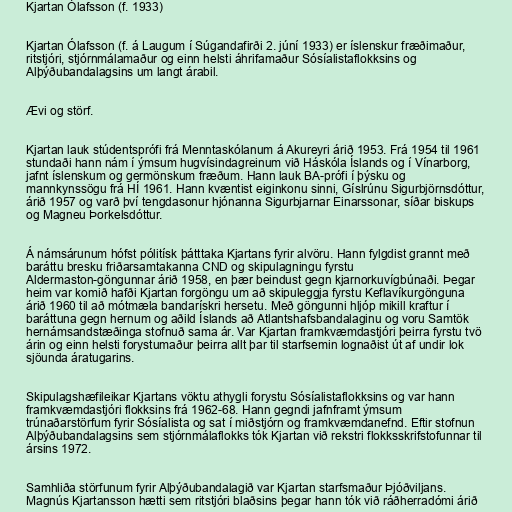
Kjartan Ólafsson (f. 1933)

Kjartan Ólafsson (f. á Laugum í Súgandafirði 2. júní 1933) er íslenskur fræðimaður,
ritstjóri, stjórnmálamaður og einn helsti áhrifamaður Sósíalistaflokksins og
Alþýðubandalagsins um langt árabil.

Ævi og störf.

Kjartan lauk stúdentsprófi frá Menntaskólanum á Akureyri árið 1953. Frá 1954 til 1961
stundaði hann nám í ýmsum hugvísindagreinum við Háskóla Íslands og í Vínarborg,
jafnt íslenskum og germönskum fræðum. Hann lauk BA-prófi í þýsku og
mannkynssögu frá HÍ 1961. Hann kvæntist eiginkonu sinni, Gíslrúnu Sigurbjörnsdóttur,
árið 1957 og varð því tengdasonur hjónanna Sigurbjarnar Einarssonar, síðar biskups
og Magneu Þorkelsdóttur.

Á námsárunum hófst pólitísk þátttaka Kjartans fyrir alvöru. Hann fylgdist grannt með
baráttu bresku friðarsamtakanna CND og skipulagningu fyrstu
Aldermaston-göngunnar árið 1958, en þær beindust gegn kjarnorkuvígbúnaði. Þegar
heim var komið hafði Kjartan forgöngu um að skipuleggja fyrstu Keflavíkurgönguna
árið 1960 til að mótmæla bandarískri hersetu. Með göngunni hljóp mikill kraftur í
baráttuna gegn hernum og aðild Íslands að Atlantshafsbandalaginu og voru Samtök
hernámsandstæðinga stofnuð sama ár. Var Kjartan framkvæmdastjóri þeirra fyrstu tvö
árin og einn helsti forystumaður þeirra allt þar til starfsemin lognaðist út af undir lok
sjöunda áratugarins.

Skipulagshæfileikar Kjartans vöktu athygli forystu Sósíalistaflokksins og var hann
framkvæmdastjóri flokksins frá 1962-68. Hann gegndi jafnframt ýmsum
trúnaðarstörfum fyrir Sósíalista og sat í miðstjórn og framkvæmdanefnd. Eftir stofnun
Alþýðubandalagsins sem stjórnmálaflokks tók Kjartan við rekstri flokksskrifstofunnar til
ársins 1972.

Samhliða störfunum fyrir Alþýðubandalagið var Kjartan starfsmaður Þjóðviljans.
Magnús Kjartansson hætti sem ritstjóri blaðsins þegar hann tók við ráðherradómi árið